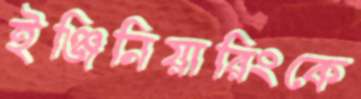
ইঞ্জিনিয়ারিংকে